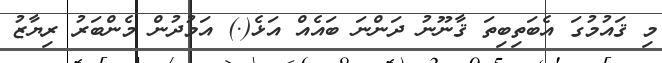
މި ޤައުމުގަ އެބަތިބިތަ ޤާނޫނު ދަންނަ ބައެއް އަޅެ(.) އަމުދުން މެންބަރު ރިޔާޒު